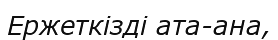
Ержеткізді ата-ана,